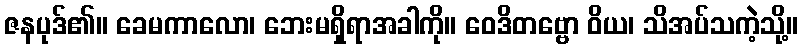
ဇနပုဒ်၏။ ခေမကာလော၊ ဘေးမရှိရာအခါကို။ ဝေဒိတဗ္ဗော ဝိယ၊ သိအပ်သကဲ့သို့။